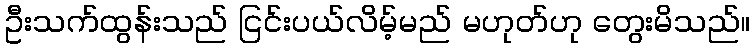
ဦးသက်ထွန်းသည် ငြင်းပယ်လိမ့်မည် မဟုတ်ဟု တွေးမိသည်။